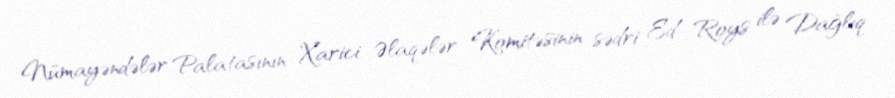
Nümayəndələr Palatasının Xarici Əlaqələr Komitəsinin sədri Ed Roys ilə Dağlıq